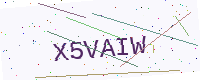
Text: X5VAIW